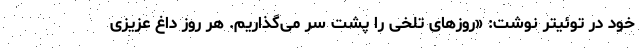
خود در توئیتر نوشت: «روزهای تلخی را پشت سر می‌گذاریم. هر روز داغ عزیزی